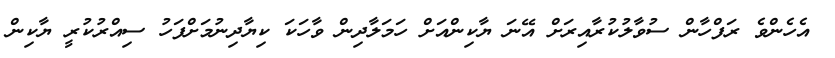
އެހެންވެ ރަފްހާން ސުވާލުކުރާއިރަށް އޭނަ ޔާކިންއަށް ހަމަލާދިން ވާހަކަ ކިޔާދިނުމަށްފަހު ސިއްރުކުރީ ޔާކިން